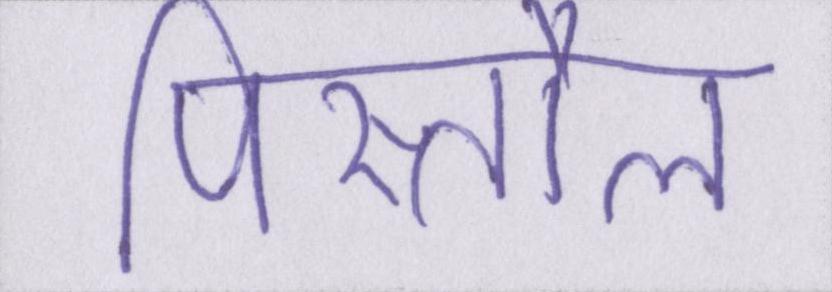
पिस्तौल